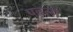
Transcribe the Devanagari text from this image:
पतलो